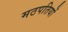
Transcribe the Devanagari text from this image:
मठपतियों